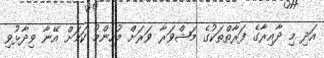
އަދި މި ދާއިރާގެ ފަރާތްތަކުގެ މަޝްވަރާ ވަރަށް މުހިންމު ކަމަށް އޭނާ ވިދާޅުވި